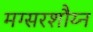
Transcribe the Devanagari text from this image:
मग्सरशौय्न